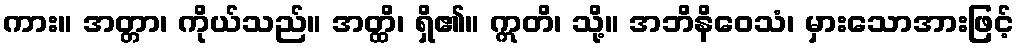
ကား။ အတ္တာ၊ ကိုယ်သည်။ အတ္ထိ၊ ရှိ၏။ ဣတိ၊ သို့။ အဘိနိဝေသံ၊ မှားသောအားဖြင့်